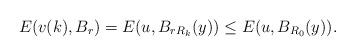
LaTeX: \begin{align*}E(v(k),B_r)= E(u,B_{rR_k}(y)) \le E(u,B_{R_0}(y)).\end{align*}